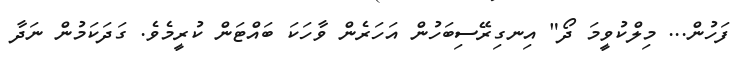
ފަހުން... މިލްކުވީމަ ދޯ" އިނގިރޭސިބަހުން އަހަރެން ވާހަކަ ބައްޓަން ކުރީމެވެ. ގަދަކަމުން ނަދާ